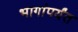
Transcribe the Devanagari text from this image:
भागांपर्यंत